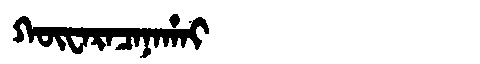
Manchu: ᡴᡡᠸᠠᡵᠠᠴᠠᠨᠠᡥᠠᡳ
Romanization: KŪWARACANAHAI